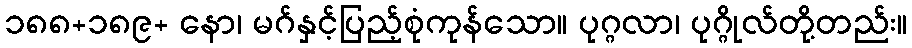
၁၈၈+၁၈၉+ နော၊ မဂ်နှင့်ပြည့်စုံကုန်သော။ ပုဂ္ဂလာ၊ ပုဂ္ဂိုလ်တို့တည်း။